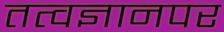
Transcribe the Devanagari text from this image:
तत्वज्ञानपर